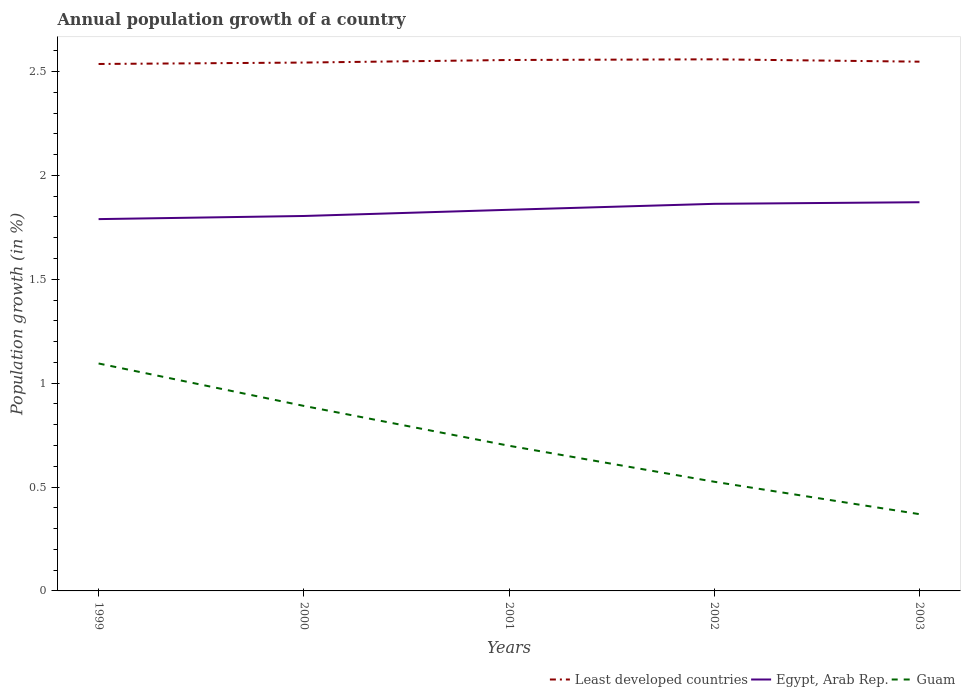
| Years | Least developed countries | Egypt, Arab Rep. | Guam |
 | --- | --- | --- | --- |
 | 1999 | 2.54 | 1.79 | 1.09 |
 | 2000 | 2.54 | 1.8 | 0.89 |
 | 2001 | 2.56 | 1.83 | 0.699 |
 | 2002 | 2.56 | 1.86 | 0.525 |
 | 2003 | 2.55 | 1.87 | 0.369 |